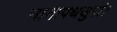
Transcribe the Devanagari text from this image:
नानापथजुषां।